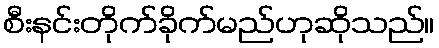
စီးနင်းတိုက်ခိုက်မည်ဟုဆိုသည်။